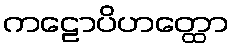
ကဠောပိဟတ္ထော